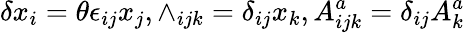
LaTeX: \delta x_{i}=\theta\epsilon_{ij}x_{j},\wedge_{ijk}=\delta_{ij}x_{k},A_{ijk}^{a}=\delta_{ij}A_{k}^{a}